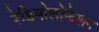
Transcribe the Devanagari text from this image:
रेडियोलोकेशन